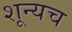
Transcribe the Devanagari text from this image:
शून्यच